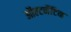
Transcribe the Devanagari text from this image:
ऑल्टर्नेटिव्ह